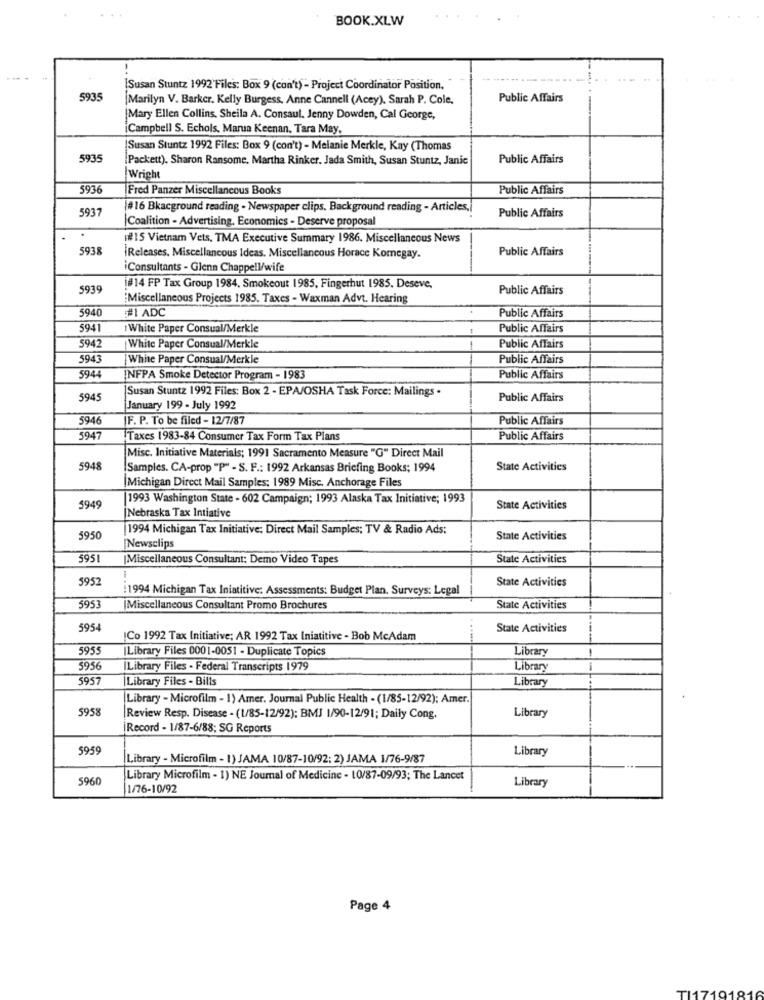
BOOK.XLW
[Susan Stuntz 1992'Files: Box 9 (can't) - Project Coordinator Position,"
5935
Marilyn V. Barker. Kelly Burgess, Anne Cannell (Acey). Sarah P. Cole.
Public Affairs
Mary Ellen Collins, Sheila A. Consaul. Jenny Dowden, Cal George,
¡Campbell S. Echols, Marua Keenan, Tara May,
Susan Stuntz 1992 Files: Box 9 (con't) - Melanie Merkle, Kay (Thomas
593
[Packett). Sharon Ransome. Martha Rinker. Jada Smith, Susan Stuntz, Janic
Public Affairs
Wright
5936
Fred Panzer Miscellaneous Books
Public Affairs
5937
#16 Bkacground reading . Newspaper clips. Background reading - Articles,
Public Affairs
Coalition - Advertising, Economics - Deserve proposal
## 15 Vietnam Vets, TMA Executive Summary 1986. Miscellaneous News
5938
Public Affairs
iReleases, Miscellaneous Ideas, Miscellaneous Horace Komegay.
Consultants - Glenn Chappell/wife
5935
#14 FP Tax Group 1984. Smokeout 1985, Fingerhut 1985. Deseve,
Public Affairs
Miscellaneous Projects 1985. Taxes - Waxman Advt. Hearing
5940
#1 ADC
Public Affairs
5941
White Paper Consual/Merkle
Public Affairs
5942
White Paper Consual/Merkle
Public Affairs
5943
White Paper Consual/Merkle
Public Affairs
594
INFPA Smoke Detector Program - 1983
Public Affairs
Susan Stuntz 1992 Files: Box 2 - EPA/OSHA Task Force: Mailings .
5945
Public Affairs
January 199 - July 1992
5946
|F. P. To be filed - 12/7/87
Public Affairs
5947
Taxes 1983-84 Consumer Tax Form Tax Plans
Public Affairs
Misc. Initiative Materials; 1991 Sacramento Measure "G" Direct Mail
5948
Samples. CA-prop "P" - S. F .: 1992 Arkansas Briefing Books; 1994
State Activities
Michigan Direct Mail Samples; 1989 Misc. Anchorage Files
1993 Washington State - 602 Campaign; 1993 Alaska Tax Initiative; 1993
$949
State Activities
Nebraska Tax Intiative
1994 Michigan Tax Initiative: Direct Mail Samples; TV & Radio Ads:
5950
State Activities
Newsclips
5951
Miscellaneous Consultant; Demo Video Tapes
State Activities
5952
State Activities
1994 Michigan Tax Iniatitive: Assessments: Budget Plan. Surveys: Legal
5953
Miscellaneous Consultant Promo Brochures
State Activities
5954
State Activities
ICo 1992 Tax Initiative; AR 1992 Tax Iniatitive - Bob McAdam
5955
|Library Files 0001-0051 - Duplicate Topics
Library
5956
Library Files - Federal Transcripts 1979
Library
5957
Library Files - Bills
Library
Library - Microfilm - 1) Amer. Journal Public Health - (1/85-12/92); Amer.
5958
Library
Review Resp. Disease - (1/85-12/92); BMJ 1/90-12/91; Daily Cong.
Record - 1/87-6/88; SG Reports
5959
Library
Library - Microfilm - 1) JAMA 10/87-10/92: 2) JAMA 1/76-9/87
5960
Library Microfilm - 1) NE Journal of Medicine - 10/87-09/93; The Lancet
Library
1/76-10/92
Page 4
TI17191816